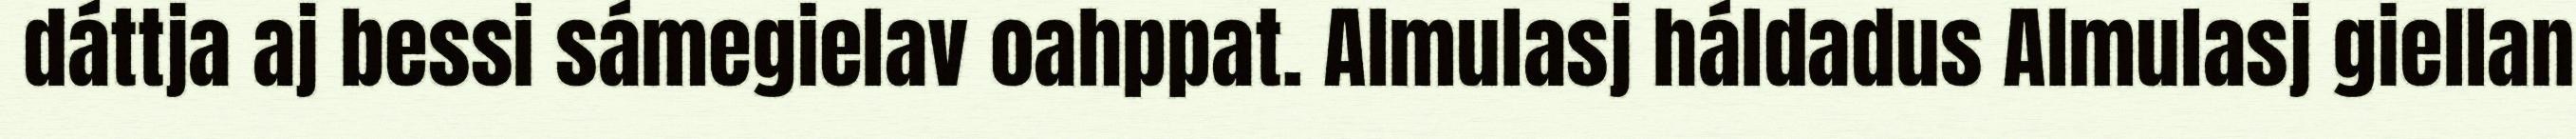
dáttja aj bessi sámegielav oahppat. Almulasj háldadus Almulasj giellan